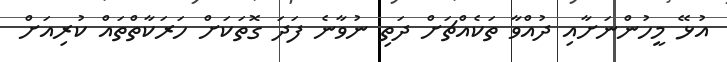
އުޅޭ މީހުންނަށާއި ދުއްވާ ތަކެއްޗަށް ދަތި ނުވާނެ ފަދަ ގޮތަކަށް ހަރަކާތްތައް ކުރިއަށް